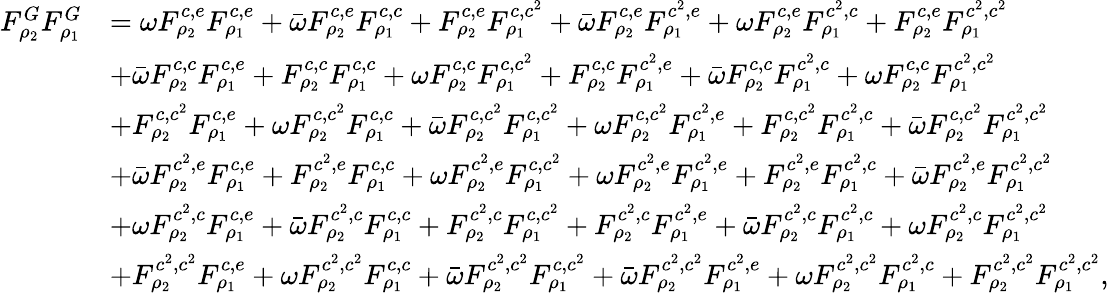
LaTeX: \begin{array}{rl}{F_{\rho_{2}}^{G}F_{\rho_{1}}^{G}}&{=\omega F_{\rho_{2}}^{c,e}F_{\rho_{1}}^{c,e}+\bar{\omega}F_{\rho_{2}}^{c,e}F_{\rho_{1}}^{c,c}+F_{\rho_{2}}^{c,e}F_{\rho_{1}}^{c,c^{2}}+\bar{\omega}F_{\rho_{2}}^{c,e}F_{\rho_{1}}^{c^{2},e}+\omega F_{\rho_{2}}^{c,e}F_{\rho_{1}}^{c^{2},c}+F_{\rho_{2}}^{c,e}F_{\rho_{1}}^{c^{2},c^{2}}}\\ &{+\bar{\omega}F_{\rho_{2}}^{c,c}F_{\rho_{1}}^{c,e}+F_{\rho_{2}}^{c,c}F_{\rho_{1}}^{c,c}+\omega F_{\rho_{2}}^{c,c}F_{\rho_{1}}^{c,c^{2}}+F_{\rho_{2}}^{c,c}F_{\rho_{1}}^{c^{2},e}+\bar{\omega}F_{\rho_{2}}^{c,c}F_{\rho_{1}}^{c^{2},c}+\omega F_{\rho_{2}}^{c,c}F_{\rho_{1}}^{c^{2},c^{2}}}\\ &{+F_{\rho_{2}}^{c,c^{2}}F_{\rho_{1}}^{c,e}+\omega F_{\rho_{2}}^{c,c^{2}}F_{\rho_{1}}^{c,c}+\bar{\omega}F_{\rho_{2}}^{c,c^{2}}F_{\rho_{1}}^{c,c^{2}}+\omega F_{\rho_{2}}^{c,c^{2}}F_{\rho_{1}}^{c^{2},e}+F_{\rho_{2}}^{c,c^{2}}F_{\rho_{1}}^{c^{2},c}+\bar{\omega}F_{\rho_{2}}^{c,c^{2}}F_{\rho_{1}}^{c^{2},c^{2}}}\\ &{+\bar{\omega}F_{\rho_{2}}^{c^{2},e}F_{\rho_{1}}^{c,e}+F_{\rho_{2}}^{c^{2},e}F_{\rho_{1}}^{c,c}+\omega F_{\rho_{2}}^{c^{2},e}F_{\rho_{1}}^{c,c^{2}}+\omega F_{\rho_{2}}^{c^{2},e}F_{\rho_{1}}^{c^{2},e}+F_{\rho_{2}}^{c^{2},e}F_{\rho_{1}}^{c^{2},c}+\bar{\omega}F_{\rho_{2}}^{c^{2},e}F_{\rho_{1}}^{c^{2},c^{2}}}\\ &{+\omega F_{\rho_{2}}^{c^{2},c}F_{\rho_{1}}^{c,e}+\bar{\omega}F_{\rho_{2}}^{c^{2},c}F_{\rho_{1}}^{c,c}+F_{\rho_{2}}^{c^{2},c}F_{\rho_{1}}^{c,c^{2}}+F_{\rho_{2}}^{c^{2},c}F_{\rho_{1}}^{c^{2},e}+\bar{\omega}F_{\rho_{2}}^{c^{2},c}F_{\rho_{1}}^{c^{2},c}+\omega F_{\rho_{2}}^{c^{2},c}F_{\rho_{1}}^{c^{2},c^{2}}}\\ &{+F_{\rho_{2}}^{c^{2},c^{2}}F_{\rho_{1}}^{c,e}+\omega F_{\rho_{2}}^{c^{2},c^{2}}F_{\rho_{1}}^{c,c}+\bar{\omega}F_{\rho_{2}}^{c^{2},c^{2}}F_{\rho_{1}}^{c,c^{2}}+\bar{\omega}F_{\rho_{2}}^{c^{2},c^{2}}F_{\rho_{1}}^{c^{2},e}+\omega F_{\rho_{2}}^{c^{2},c^{2}}F_{\rho_{1}}^{c^{2},c}+F_{\rho_{2}}^{c^{2},c^{2}}F_{\rho_{1}}^{c^{2},c^{2}},}\end{array}